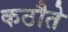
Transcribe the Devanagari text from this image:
कठौते